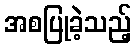
အစပြုခဲ့သည့်